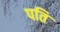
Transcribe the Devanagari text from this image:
पति